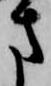
方